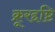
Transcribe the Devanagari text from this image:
क्रूरद्दष्टि